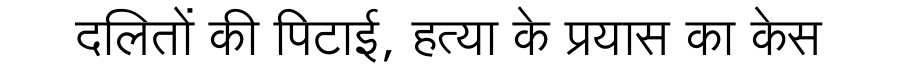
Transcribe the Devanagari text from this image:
दलितों की पिटाई, हत्या के प्रयास का केस